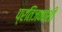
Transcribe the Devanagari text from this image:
प्रतिजनांशी